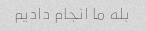
بله ما انجام دادیم